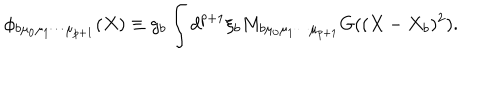
LaTeX: \phi _ { b \mu _ { 0 } \mu _ { 1 } \cdots \mu _ { p + 1 } } ( X ) \equiv g _ { b } \int d ^ { p + 1 } \xi _ { b } M _ { b \mu _ { 0 } \mu _ { 1 } \cdots \mu _ { p + 1 } } G ( ( X - X _ { b } ) ^ { 2 } ) .